Scottish Leaving Certificate Examination, 1960
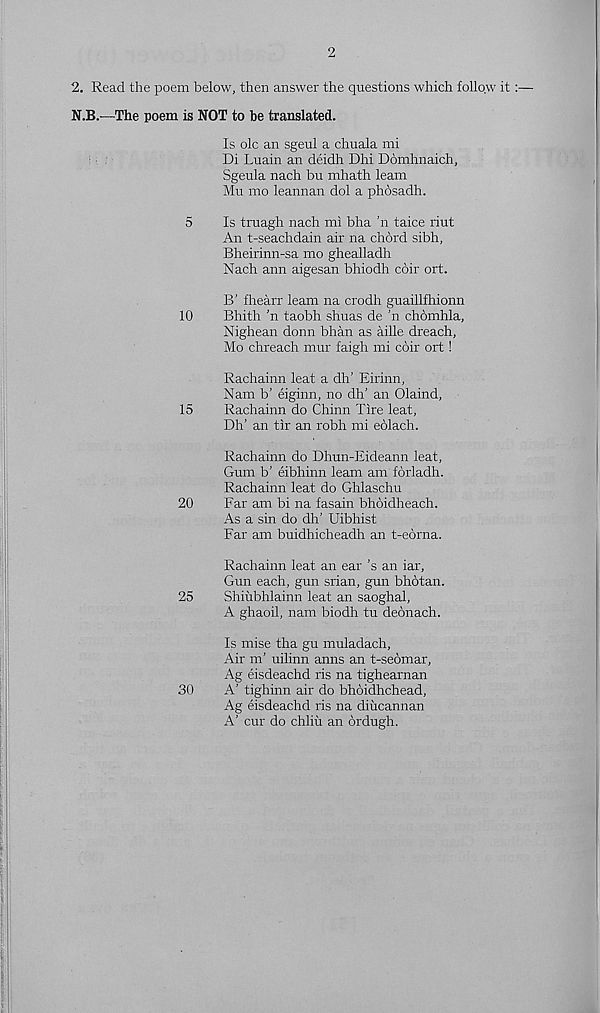
2
2. Read the poem below, then answer the questions which follow it
N.B.—The poem is NOT to be translated.
Is ole an sgeul a chuala mi
Di Luain an deidh Dhi Domhnaich,
Sgeula nach bu mhath learn
Mu mo leannan dol a phosadh.
5
Is truagh nach mi bha ’n taice riut
An t-seachdain air na chord sibh,
Bheirinn-sa mo ghealladh
Nach aim aigesan bhiodh coir ort.
B’ fhearr leam na crodh guaillfhionn
10
Bhith 'n taobh shuas de ’n chomhla,
Nighean donn bhan as aille dreach,
Mo chreach mur faigh mi coir ort !
Rachainn leat a dh’ Eirinn,
Nam b’ eiginn, no dh' an Olaind,
15
Rachainn do Chinn Tire leat,
Dh’ an tir an robh mi eolach.
Rachainn do Dhun-Eideann leat.
Gum b’ eibhinn leam am forladh.
Rachainn leat do Ghlaschu
20
Far am bi na fasain bhoidheach.
As a sin do dh’ Uibhist
Far am buidhicheadh an t-eorna.
Rachainn leat an ear's an iar,
Gun each, gun srian, gun bhotan.
25
Shiiibhlainn leat an saoghal,
A ghaoil, nam biodh tu deonach.
Is mise tha gu muladach,
Air m’ uilinn anns an t-seomar,
Ag eisdeachd ris na tighearnan
30
A’ tighinn air do bhbidhehead,
Ag eisdeachd ris na diucannan
A’ cur do chliu an ordugh.